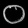
Digit: ၀